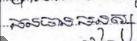
ធនធានមនុស្ស